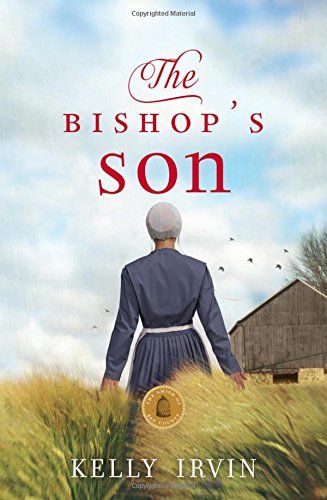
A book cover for The Bishop's Son (The Amish of Bee County); Kelly Irvin; Romance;